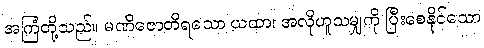
အကြံတို့သည်။ မဏိဇောတိရသော ယထာ၊ အလိုဟူသမျှကို ပြီးစေနိုင်သော